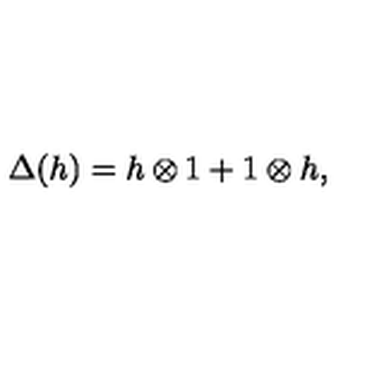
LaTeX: \Delta ( h ) = h \otimes 1 + 1 \otimes h ,